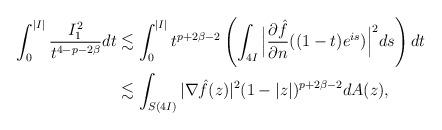
LaTeX: \begin{align*}\int_{0}^{|I|}\frac{I_{1}^{2}}{t^{4-p-2\beta}}dt&\lesssim\int_{0}^{|I|}t^{p+2\beta-2}\left(\int_{4I}\Big|\frac{\partial\hat{f}}{\partial n}((1-t)e^{is})\Big|^{2}ds \right)dt\\&\lesssim \int_{S(4I)}|\nabla\hat{f}(z)|^{2}(1-|z|)^{p+2\beta-2}dA(z),\end{align*}